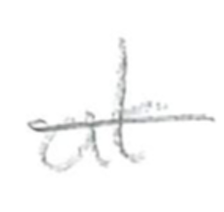
Text: at
Cross-out: single-line
Writing tool: pencil